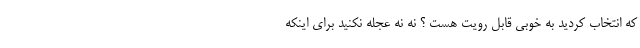
که انتخاب کردید به خوبی قابل رویت هست ؟ نه نه عجله نکنید برای اینکه